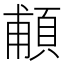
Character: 𩒺